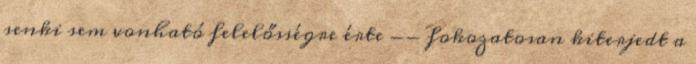
senki sem vonható felelősségre érte -- fokozatosan kiterjedt a